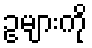
ဥများကို